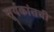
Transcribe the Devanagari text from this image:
सूर्यकांतची